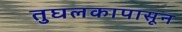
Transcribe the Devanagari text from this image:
तुघलकापासून